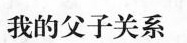
我的父子关系